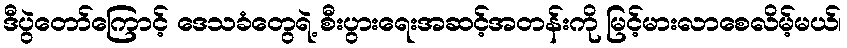
ဒီပွဲတော်ကြောင့် ဒေသခံတွေရဲ့ စီးပွားရေးအဆင့်အတန်းကို မြင့်မားလာစေလိမ့်မယ်၊